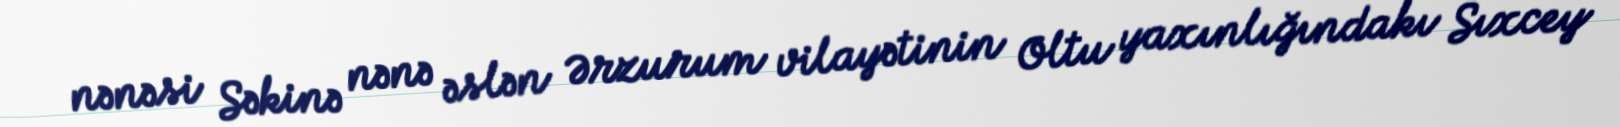
nənəsi Səkinə nənə əslən Ərzurum vilayətinin Oltu yaxınlığındakı Sıxcey